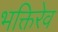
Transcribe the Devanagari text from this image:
भक्तिरेव